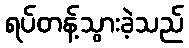
ရပ်တန့်သွားခဲ့သည်